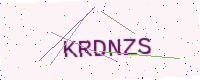
Text: KRDNZS